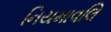
નિયમાવલિ